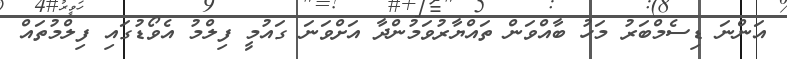
އަންނަ ޑިސެމްބަރު މަހު ބާއްވަން ތައްޔާރުވަމުންދާ އަށްވަނަ ގައުމީ ފިލްމު އެވޯޑުގައި ފިލްމުތައް